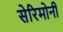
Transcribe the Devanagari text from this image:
सेरिमोनी